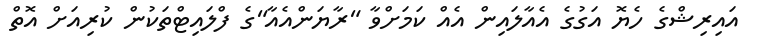
އައިރިޝްގެ ހެޔޮ އަގުގެ އެއާލައިން އެއް ކަމަށްވާ "ރާޔަންއެއާ"ގެ ފްލައިޓްތަކުން ކުރިއަށް އޮތް